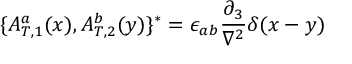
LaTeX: \{ { A _ { T , 1 } ^ { a } } ( x ) , { A _ { T , 2 } ^ { b } } ( y ) \} ^ { * } = \epsilon _ { a b } \frac { \partial _ { 3 } } { \nabla ^ { 2 } } \delta ( x - y )